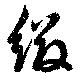
綴